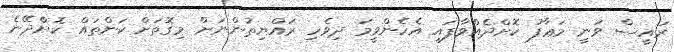
ރައީސް ވަނީ މަޢާފު ކޮށްދެއްވާފައި އެހެންވީމަ ދިވެހި ރައްޔިތުންނަށް މިގޮތަށް ކަންތައް ކޮށްދޭނެ